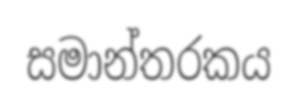
සමාන්තරකය